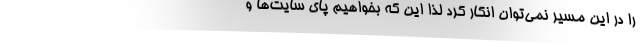
را در این مسیر نمی‌توان انکار کرد لذا این که بخواهیم پای سایت‌ها و